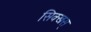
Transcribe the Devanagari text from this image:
सिक्खस्